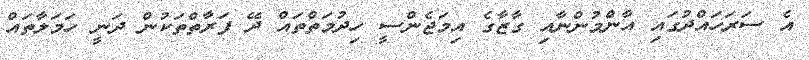
އެ ސަރަހައްދުގައި އާންމުންނާއި ގާޒާގެ އިމަޖެންސީ ހިދުމަތްތައް ދޭ ފަރާތްތަކުން ދަނީ ހަމަލާތައް